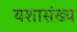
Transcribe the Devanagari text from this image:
यशासंख्य